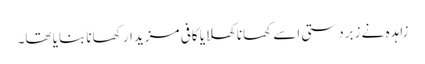
زاہدہ نے زبردستی اسے کھانا کھلایا کافی مزیدار کھانا بنایا تھا۔